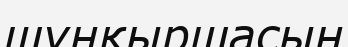
шұңқыршасын